Civil Veterinary Dept. Bombay admin report 1932-41 - 1932-1941
Year: 1932
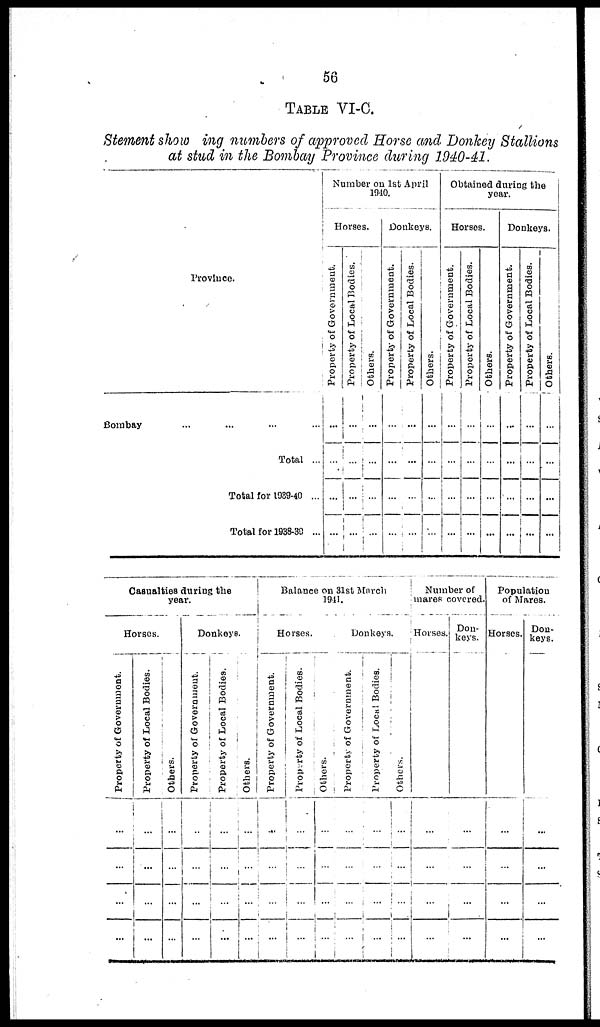
56
TABLE VI-C.
Stement show ing numbers of approved Horse and Donkey Stallions
at stud in the Bombay Province during 1940-41.
Province.
Bombay... ... ... ...
Total ...
Total for 1939-40 ...
Total for 1938-39 ...
Number on 1st April
1940.
Horses.
Property of Government.
...
...
...
...
Property of Local Bodies.
...
...
...
...
Others.
...
...
...
...
Donkeys.
Property of Government.
...
...
...
...
Property of Local Bodies.
...
...
...
...
Others.
...
...
...
...
Obtained during the
year.
Horses.
Property of Government.
...
...
...
...
Property of Local Bodies.
...
...
...
...
Others.
...
...
...
...
Donkeys.
Property of Government.
...
...
...
...
Property of Local Bodies.
...
...
...
...
Others.
...
...
...
...
Casualties during the
year.
Horses.
Property of Government.
...
...
...
...
Property of Local Bodies.
...
...
...
...
Others.
...
...
...
...
Donkeys.
Property of Government.
...
...
...
...
Property of Local Bodies.
...
...
...
...
Others.
...
...
...
...
Balance on 31st March
1941.
Horses.
Property of Government.
...
...
...
...
Property of Local Bodies.
...
...
...
...
Others.
...
...
...
...
Donkeys.
Property of Government.
...
...
...
...
Property of Local Bodies.
...
...
...
...
Others.
...
...
...
...
Number of
mares covered.
Horses.
...
...
...
...
Don-
keys.
...
...
...
...
Population
of Mares.
Horses.
...
...
...
...
Don-
keys.
...
...
...
...